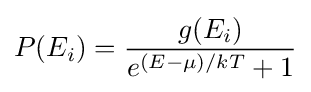
P(E_{i})={\frac {g(E_{i})}{e^{(E-\mu )/kT}+1}}